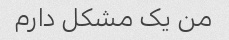
من یک مشکل دارم